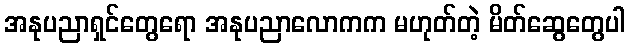
အနုပညာရှင်တွေရော အနုပညာလောကက မဟုတ်တဲ့ မိတ်ဆွေတွေပါ